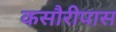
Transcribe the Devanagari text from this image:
कसौरीपास